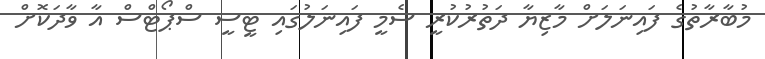
މުބާރާތުގެ ފައިނަލަށް މާޒިޔާ ދަތުރުކުރީ ސެމީ ފައިނަލުގައި ޓީސީ ސްޕޯޓްސް އާ ވާދަކޮށް